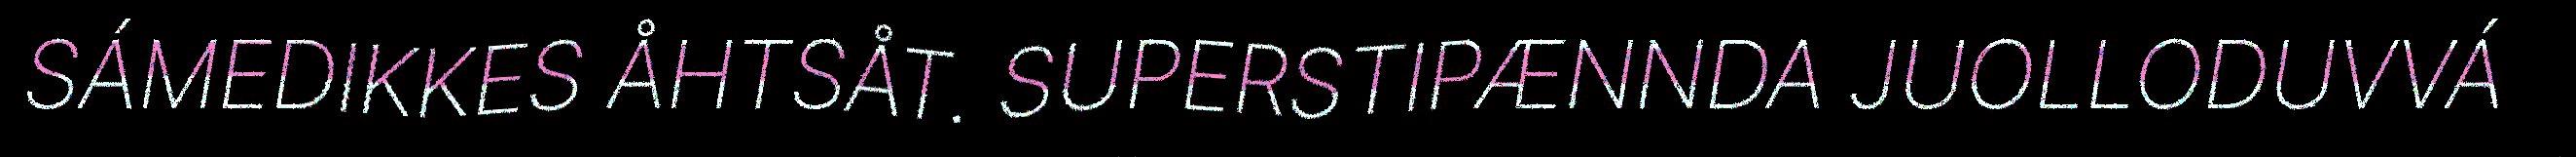
SÁMEDIKKES ÅHTSÅT. SUPERSTIPÆNNDA JUOLLODUVVÁ